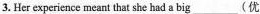
3.Her expericnce meant that she had a big___(优